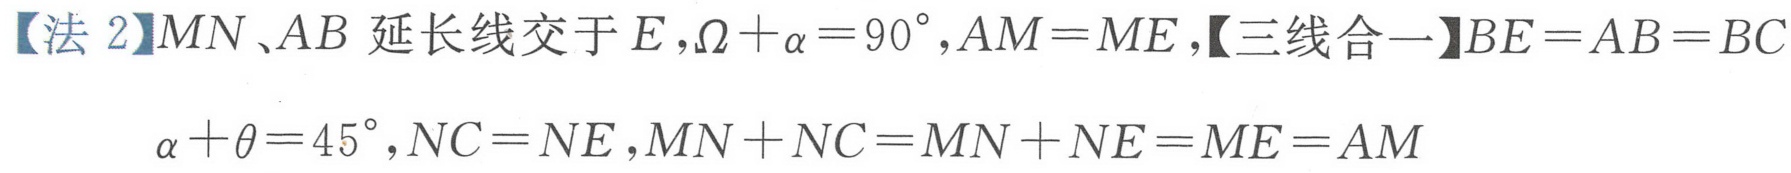
【法 2】\(MN、AB\) 延长线交于 \(E\)，\(\Omega+\alpha = 90^{\circ}\)，\(AM = ME\)，【三线合一】\(BE = AB = BC\)
\(\alpha+\theta = 45^{\circ}\)，\(NC = NE\)，\(MN + NC = MN + NE = ME = AM\)